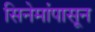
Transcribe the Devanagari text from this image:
सिनेमांपासून